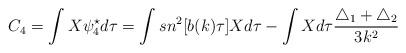
LaTeX: \begin{align*}C_4=\int X\psi_4^{\star} d\tau=\int sn^2[b(k)\tau] Xd\tau -\int Xd\tau \frac{\triangle_1+\triangle_2}{3k^2}\end{align*}